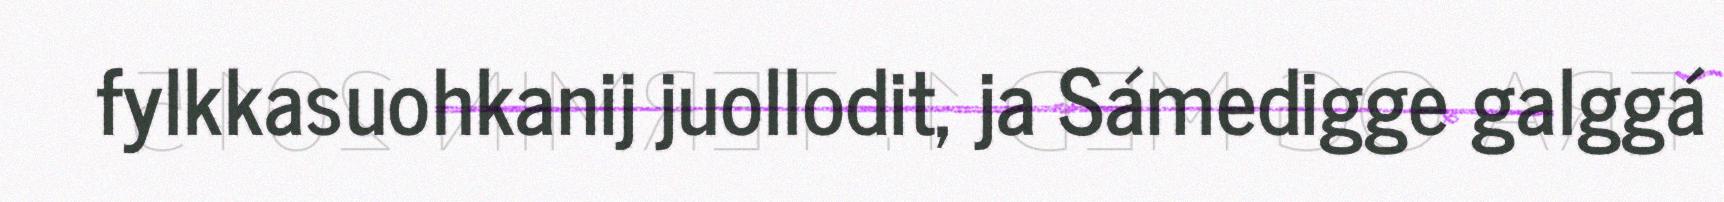
fylkkasuohkanij juollodit, ja Sámedigge galggá